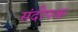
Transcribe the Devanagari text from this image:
संदीपक